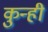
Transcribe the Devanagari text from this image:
कुन्ही